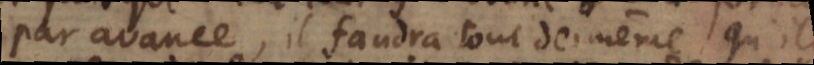
par avance, il faudra tout de même qu’ils